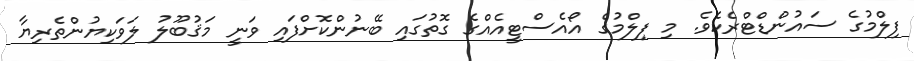
ފިލްމުގެ ސައުންޑްޓްރެކެވެ. މި ފިލްމުގެ އޯއެސްޓީއެއްގެ ގޮތުގައި ބޭނުންކޮށްފައި ވަނީ މަޤުބޫލު ލަވަކިޔުންތެރިޔާ